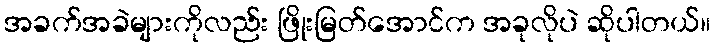
အခက်အခဲများကိုလည်း ဖြိုးမြတ်အောင်က အခုလိုပဲ ဆိုပါတယ်။